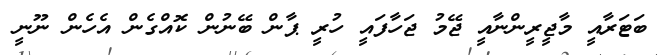
ބަޓަރާއީ މާޖީރީންނާއީ ޖޭމު ޖަހާފައީ ހުރީ ޕާން ބޭނުން ކޮއްގެން އެހެން ނޫނީ